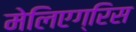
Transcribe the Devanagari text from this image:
मेलिएग्रिस